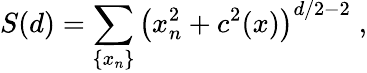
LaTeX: S(d)=\sum_{\{ x_{n}\} }\left(x_{n}^{2}+c^{2}(x)\right)^{d/2-2}\; ,